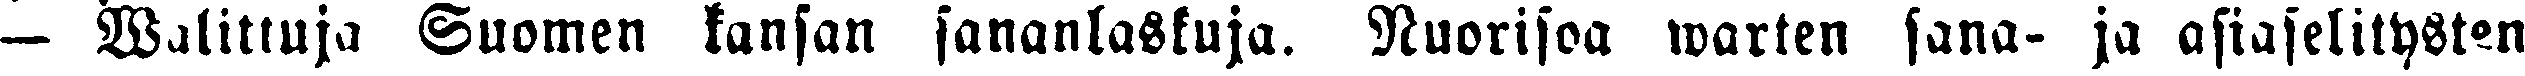
— Walittuja Suomen kansan sananlaskuja. Nuorisoa warten sana- ja asiaselitysten